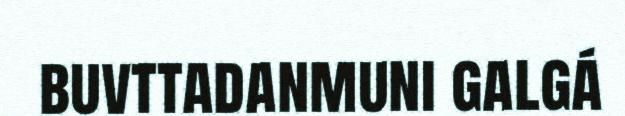
buvttadanmuni galgá